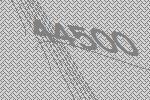
44500